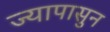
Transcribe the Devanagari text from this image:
ज्यापासुन